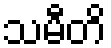
သမီတိ